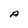
Character: A